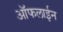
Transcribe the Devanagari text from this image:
आॅफलाईन